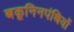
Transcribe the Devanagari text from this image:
बकूनिनपंथियों